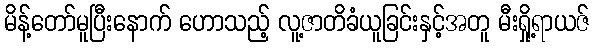
မိန့်တော်မူပြီးနောက် ဟောသည့် လူ့ဇာတိခံယူခြင်းနှင့်အတူ မီးရှို့ရာယဇ်